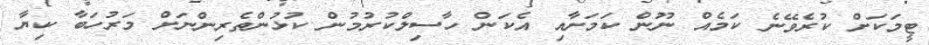
ޓީމަކަށް ކުރެވޭނެ ކަމެއް ނޫން ކަމަށާއި އެކަން ހާސިލްކުރުމުން ކުޅުންތެރިންނަށް މަރުހަބާ ކިޔާ